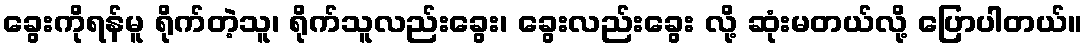
ခွေးကိုရန်မူ ရိုက်တဲ့သူ၊ ရိုက်သူလည်းခွေး၊ ခွေးလည်းခွေး လို့ ဆုံးမတယ်လို့ ပြောပါတယ်။